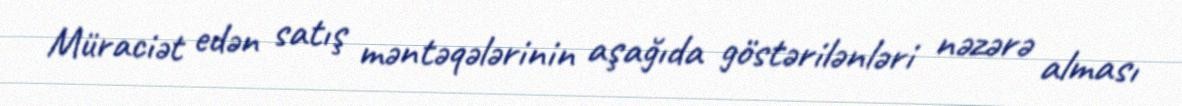
Müraciət edən satış məntəqələrinin aşağıda göstərilənləri nəzərə alması